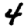
Digit: 4